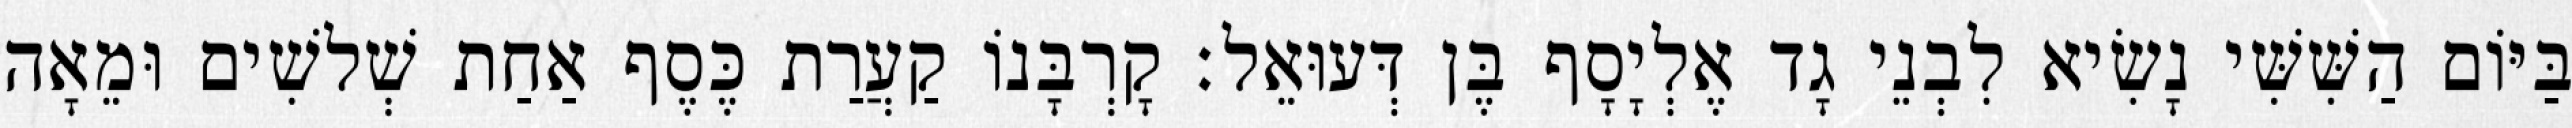
בַּיּוֹם הַשִּׁשִּׁי נָשִׂיא לִבְנֵי גָד אֶלְיָסָף בֶּן דְּעוּאֵל׃ קָרְבָּנוֹ קַעֲרַת כֶּסֶף אַחַת שְׁלשִׁים וּמֵאָה